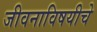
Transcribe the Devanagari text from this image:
जीवनाविषयीचे